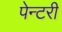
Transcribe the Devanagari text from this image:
पेन्टरी